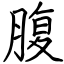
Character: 腹